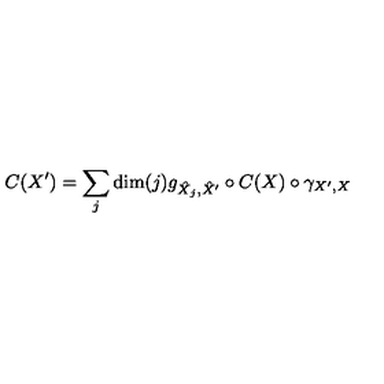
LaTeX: C ( X ^ { \prime } ) = \sum _ { j } \mathrm { d i m } ( j ) g _ { \hat { X } _ { j } , \hat { X } ^ { \prime } } \circ C ( X ) \circ \gamma _ { X ^ { \prime } , X }